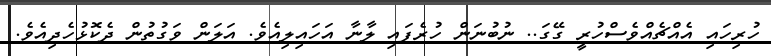
ހުރިހައި އެއްޗެއްވެސްހުރީ ގޭގަ.. ނުބުނަން ހުރެފައި ލާނާ އަހައިލިއެވެ. އަލަން ވަގުތުން ދެކޮޅުހެދިއެވެ.